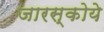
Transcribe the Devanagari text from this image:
जारस्कोये